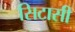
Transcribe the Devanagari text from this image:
सिटासी